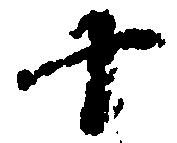
十